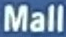
Mall